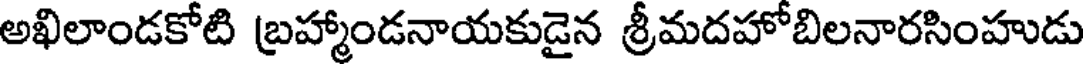
అఖిలాండకోటి బ్రహ్మాండనాయకుడైన శ్రీమదహోబిలనారసింహుడు